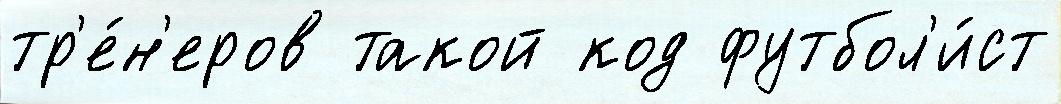
тр'е́н'еров такой код футбол'и́ст